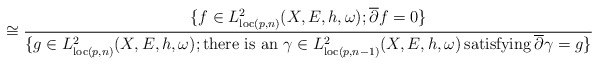
\begin{align*} \cong\frac{\{f\in L^2_{\mathrm{loc}(p,n)}(X,E,h,\omega);\overline{\partial}f=0\}}{\{g\in L^2_{\mathrm{loc}(p,n)}(X,E,h,\omega);\mathrm{there ~is~ an~} \gamma\in L^2_{\mathrm{loc}(p,n-1)}(X,E,h,\omega) \,\mathrm{satisfying}\, \overline{\partial}\gamma=g\}} \end{align*}